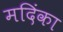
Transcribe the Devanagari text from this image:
मदिंका